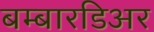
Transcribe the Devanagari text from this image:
बम्बारडिअर